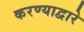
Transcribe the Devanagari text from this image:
करण्याद्वारे